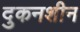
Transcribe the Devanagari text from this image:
दुकनशीन